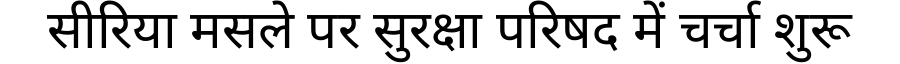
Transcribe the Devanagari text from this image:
सीरिया मसले पर सुरक्षा परिषद में चर्चा शुरू